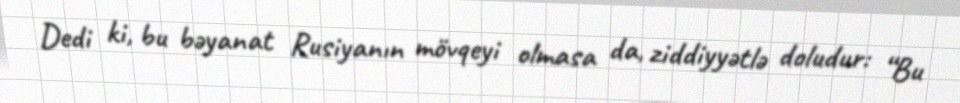
Dedi ki, bu bəyanat Rusiyanın mövqeyi olmasa da, ziddiyyətlə doludur: “Bu